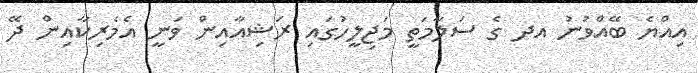
އިއްޔެ ބޭއްވުނު އދ ގެ ސަލާމަތީ މަޖިލީހުގައި ރަޝިއާއިން ވަނީ އެމެރިކާއިން ދޭ